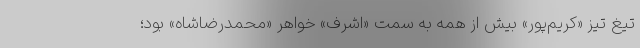
تیغ تیز «کریم‌پور» بیش از همه به سمت «اشرف» خواهر «محمدرضاشاه» بود؛